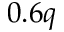
0 . 6 q